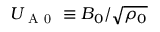
U _ { \mathrm { ~ A ~ 0 ~ } } \equiv B _ { 0 } / \sqrt { \rho _ { 0 } }